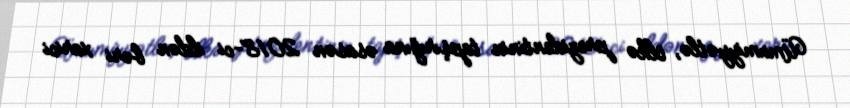
Ümumiyyətlə, ölkə prezidentinin tapşırığına əsasən 2018-ci ildən bəri xarici